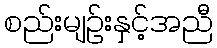
စည်းမျဉ်းနှင့်အညီ